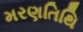
મરણતિથિ